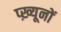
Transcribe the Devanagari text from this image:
प्ख़्यूनों